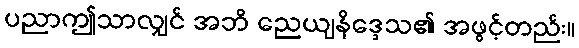
ပညာဤသာလျှင် အဘိ ညေယျနိဒ္ဒေသ၏ အဖွင့်တည်း။